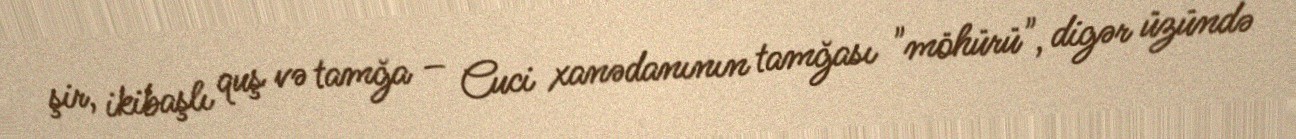
şir, ikibaşlı quş və tamğa – Cuci xanədanının tamğası "möhürü", digər üzündə